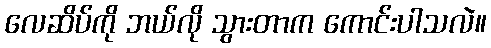
လေဆိပ်ကို ဘယ်လို သွားတာက ကောင်းပါသလဲ။